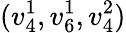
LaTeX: (v_{4}^{1},v_{6}^{1},v_{4}^{2})